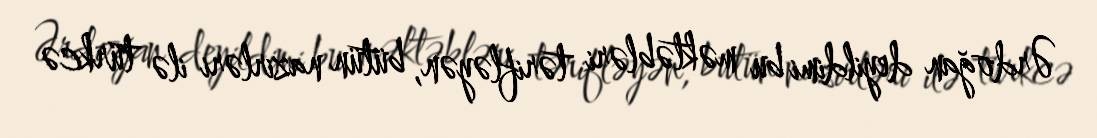
Ərdoğan deyildimi bu məktəbləri tərifləyən, bütün nazirləri ilə türkcə